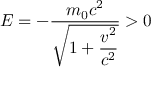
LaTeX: E = - { \frac { m _ { 0 } c ^ { 2 } } { \sqrt { 1 + \displaystyle { \frac { v ^ { 2 } } { c ^ { 2 } } } } } } > 0